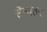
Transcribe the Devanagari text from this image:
सैन्यतर